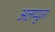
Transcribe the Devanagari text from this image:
अलप्पुज़ा